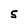
Character: 5